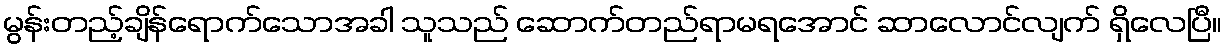
မွန်းတည့်ချိန်ရောက်သောအခါ သူသည် ဆောက်တည်ရာမရအောင် ဆာလောင်လျက် ရှိလေပြီ။